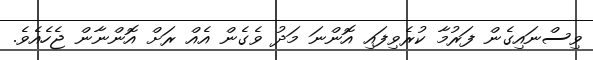
ވިސްނައިގެން ފަރުމާ ކުރެވިފައި އޮންނަ މަދު ވެގެން އެއް ރަށް އޮންނާން ޖެހެއެވެ.